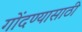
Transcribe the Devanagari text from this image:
गोंदण्यासाठी